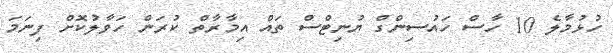
ހުޅުމާލެ 10 ހާސް ހައުސިންގް ޔުނިޓްސް ތައް އިމާރާތް ކުރަން ހަވާލުކޮށް ފިނަމަ